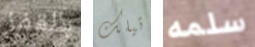
بالقفز تيلك سلمه